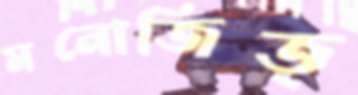
মনোজিত্